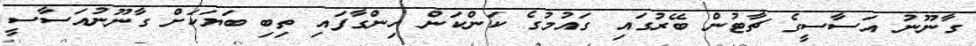
ގާނޫނު އަސާސީގެ ޗާޓުން ބޭރުގައި ގައުމުގެ ކަންކަން ހިންގާފައި ތިބި ބަޔަކަށް ގާނޫނުއަސާސީ